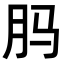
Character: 𬁳